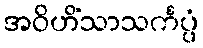
အဝိဟိံသာသင်္ကပ္ပံ